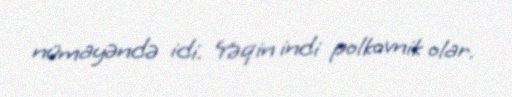
nümayəndə idi. Yəqin indi polkovnik olar.